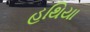
હથિયા